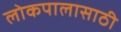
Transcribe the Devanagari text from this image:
लोकपालासाठी